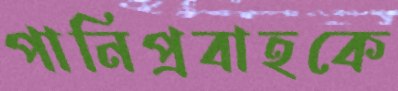
পানিপ্রবাহকে